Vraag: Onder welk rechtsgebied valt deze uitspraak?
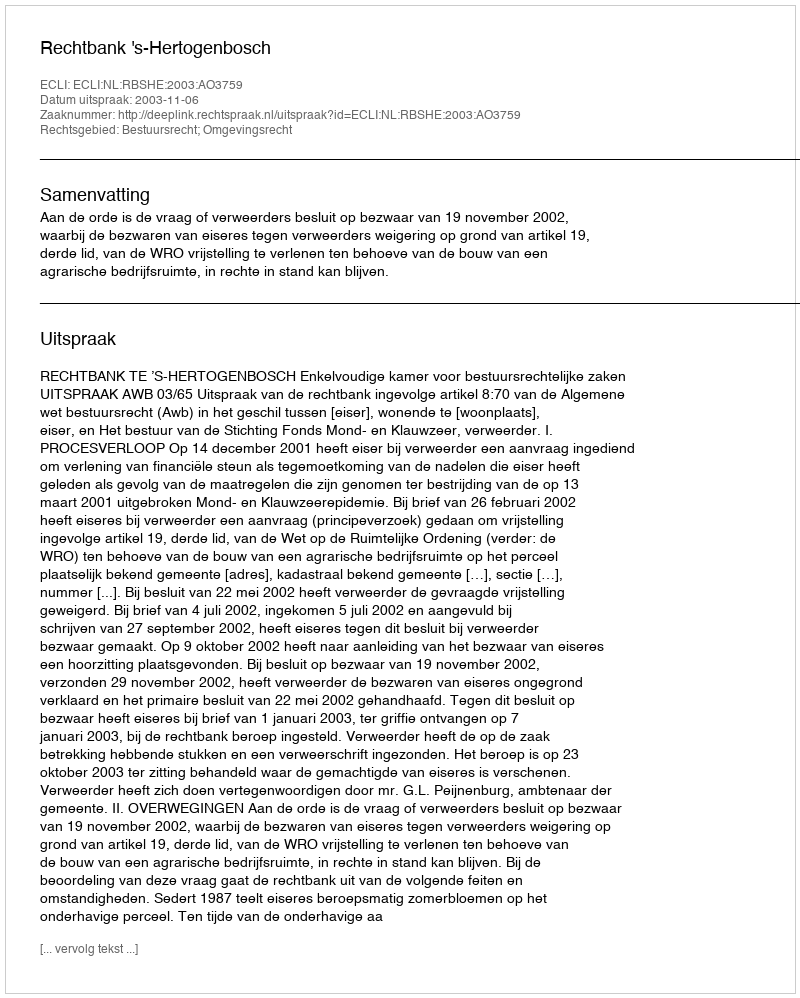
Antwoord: Bestuursrecht; Omgevingsrecht